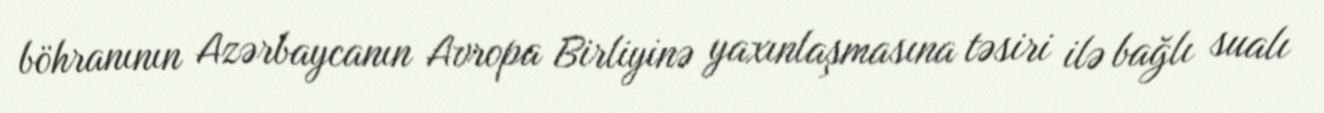
böhranının Azərbaycanın Avropa Birliyinə yaxınlaşmasına təsiri ilə bağlı sualı